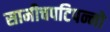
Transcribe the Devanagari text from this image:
सामीचपटिपन्नो